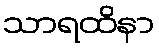
သာရထိနာ